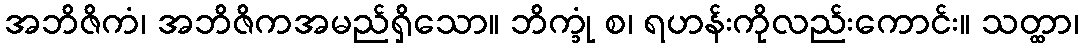
အဘိဇိကံ၊ အဘိဇိကအမည်ရှိသော။ ဘိက္ခုံ စ၊ ရဟန်းကိုလည်းကောင်း။ သတ္ထာ၊